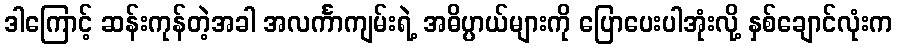
ဒါကြောင့် ဆန်းကုန်တဲ့အခါ အလင်္ကာကျမ်းရဲ့ အဓိပ္ပာယ်များကို ပြောပေးပါအုံးလို့ နှစ်ချောင်လုံးက